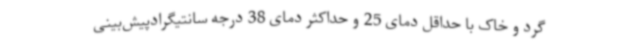
گرد و خاک با حداقل دمای 25 و حداکثر دمای 38 درجه سانتیگرادپیش‌بینی